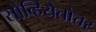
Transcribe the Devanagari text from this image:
सोव्हियेतोत्तर